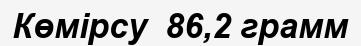
Көмірсу  86,2 грамм